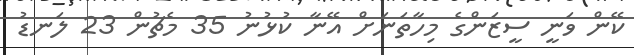
ކޭން ވަނީ ސީޒަންގެ މިހާތަނަށް އޭނާ ކުޅުނު 35 މެޗުން 23 ލަނޑު